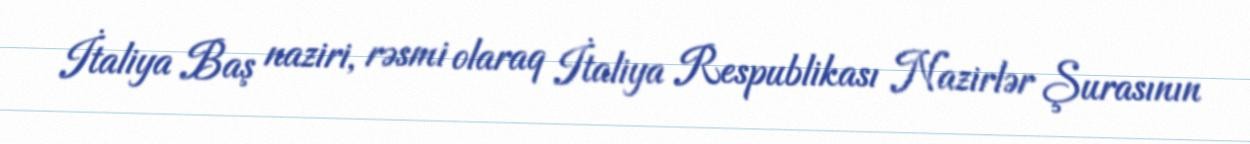
İtaliya Baş naziri, rəsmi olaraq İtaliya Respublikası Nazirlər Şurasının